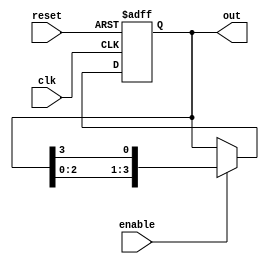
module ring_counter #(
    parameter N = 4  // Number of flip-flops in the ring counter
)(
    input wire clk,          // Clock signal
    input wire reset,        // Asynchronous reset signal
    input wire enable,       // Clock enable signal
    output reg [N-1:0] out   // Output of the counter
);

    // Initial state
    initial begin
        out = 1'b1; // Set the first flip-flop high and others low
    end

    always @(posedge clk or posedge reset) begin
        if (reset) begin
            out <= 1'b1; // Reset to initial state
        end else if (enable) begin
            out <= {out[N-2:0], out[N-1]}; // Shift right, wrap around
        end
    end

endmodule